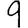
Digit: 9